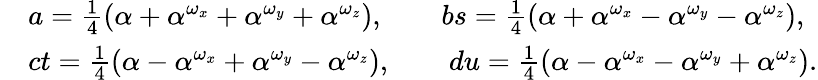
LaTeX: \begin{array}{rl}&{a=\frac{1}{4}(\alpha+\alpha^{\omega_{x}}+\alpha^{\omega_{y}}+\alpha^{\omega_{z}}),\qquad bs=\frac{1}{4}(\alpha+\alpha^{\omega_{x}}-\alpha^{\omega_{y}}-\alpha^{\omega_{z}}),}\\ &{ct=\frac{1}{4}(\alpha-\alpha^{\omega_{x}}+\alpha^{\omega_{y}}-\alpha^{\omega_{z}}),\qquad du=\frac{1}{4}(\alpha-\alpha^{\omega_{x}}-\alpha^{\omega_{y}}+\alpha^{\omega_{z}}).}\end{array}